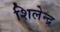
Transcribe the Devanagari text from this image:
शिलेन्द्र